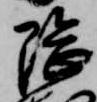
隈